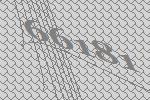
66181